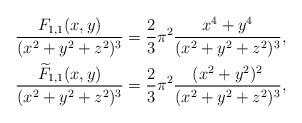
LaTeX: \begin{align*}& \frac{F_{1,1} (x,y)}{(x^2+y^2+z^2)^{3}} = \frac{2}{3} \pi^2 \frac{x^4+y^4}{(x^2+y^2+z^2)^{3}}, \\& \frac{\widetilde{F}_{1,1} (x,y)}{(x^2+y^2+z^2)^{3}} = \frac{2}{3} \pi^2 \frac{(x^2+y^2)^2}{(x^2+y^2+z^2)^{3}},\end{align*}